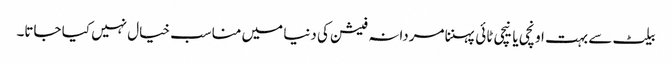
بیلٹ سے بہت اونچی یا نیچی ٹائی پہننا مردانہ فیشن کی دنیا میں مناسب خیال نہیں کیا جاتا۔